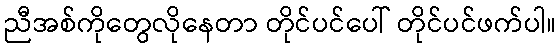
ညီအစ်ကိုတွေလိုနေတာ တိုင်ပင်ပေါ် တိုင်ပင်ဖက်ပါ။